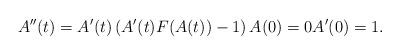
LaTeX: \begin{align*} A''(t) = A' (t) \left( A' (t) F(A(t)) - 1\right) A(0) = 0 A'(0) = 1.\end{align*}